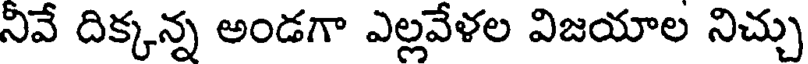
నివే దిక్కన్న అండగా ఎల్లవేళల విజయాల నిచ్చు